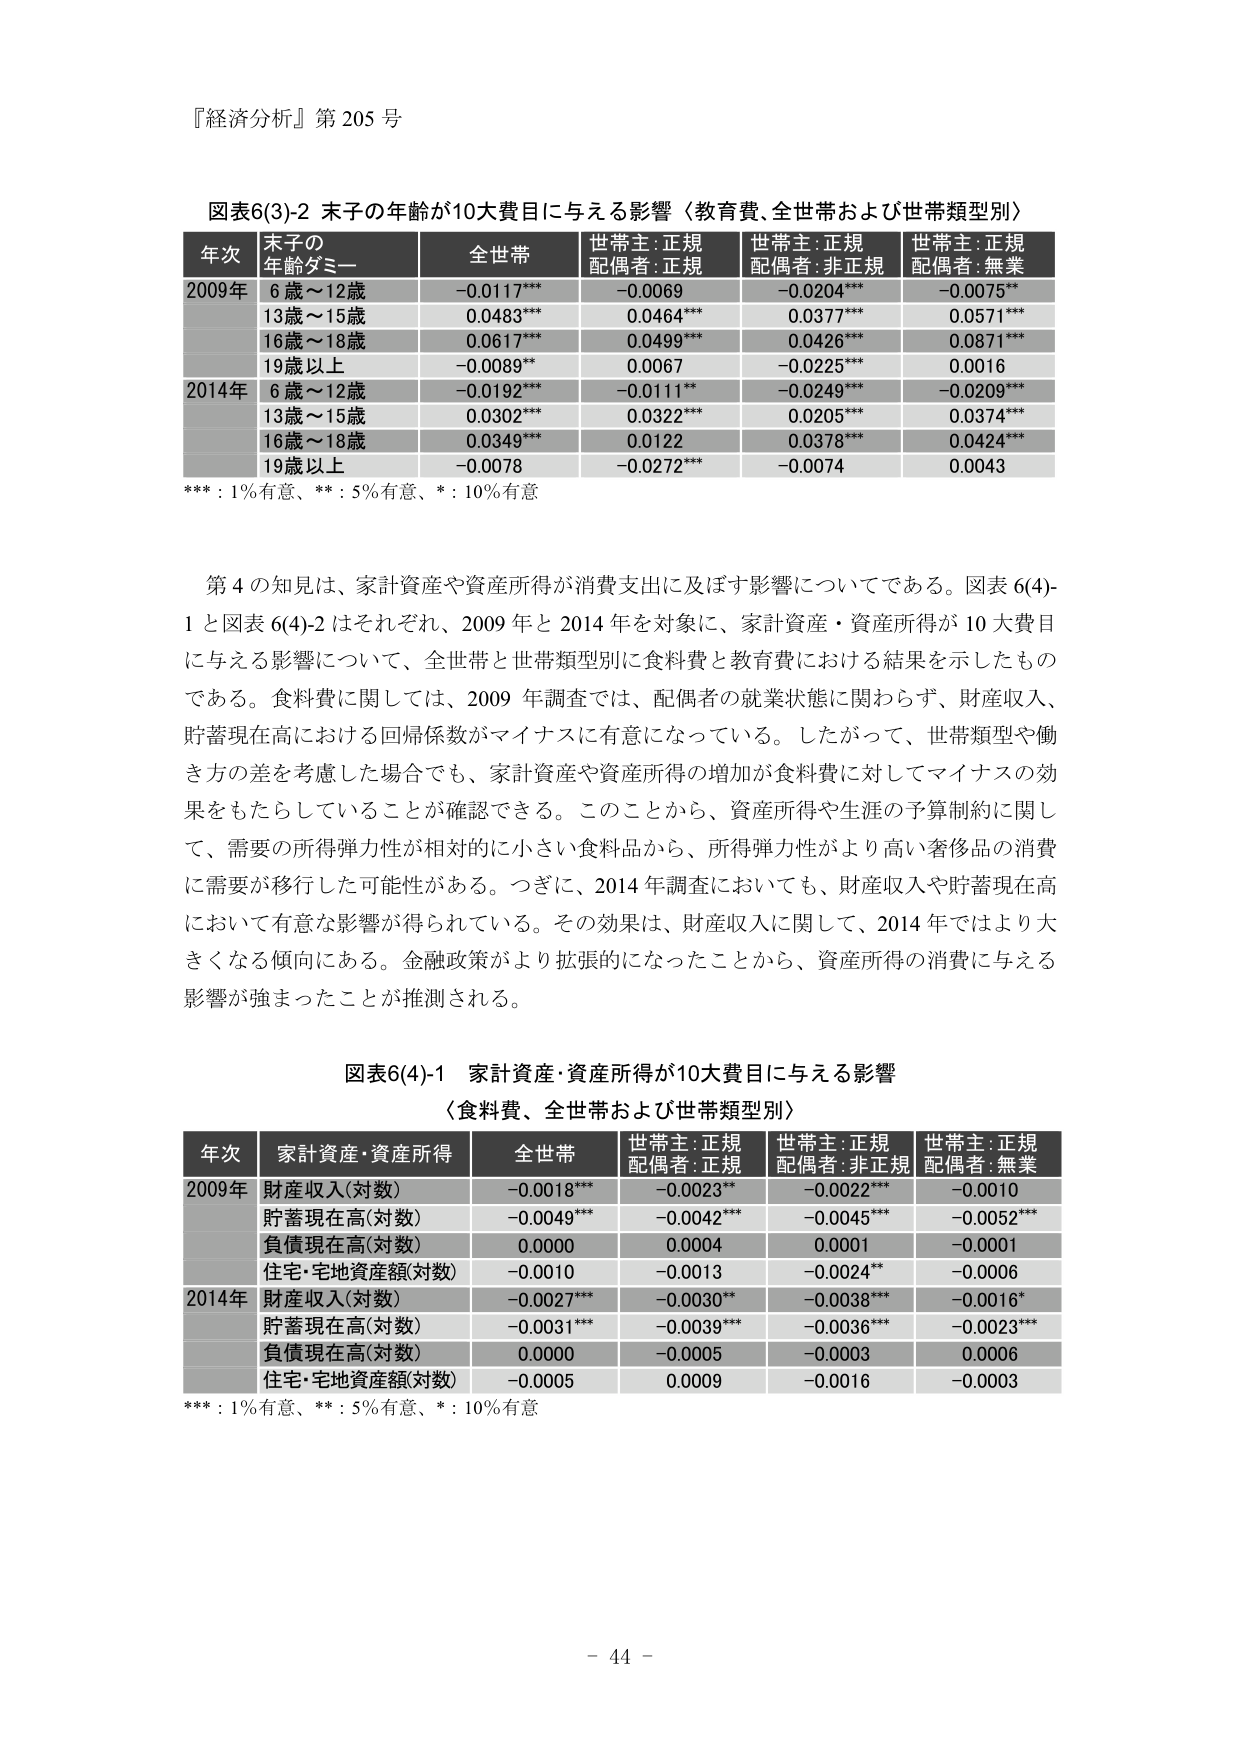
『経済分析』第205号

図表6(3)-2 末子の年齢が10大費目にある影響（教育費、全世帯および世帯類型別）

年次 末子の年齢タミー 全世帯 世帯主:正規配偶者:正規 世帯主:正規配偶者:非正規 世帯主:正規配偶者:無業
2009年 6歳～12歳 -0.0117*** -0.0069 -0.0204*** -0.0075**
13歳～15歳 0.0483*** 0.0464*** 0.0377*** 0.0571***
16歳～18歳 0.0617*** 0.0499*** 0.0426*** 0.0871***
19歳以上 -0.0089** 0.0067 -0.0225*** 0.0016
2014年 6歳～12歳 -0.0192*** -0.0111** -0.0249*** -0.0209***
13歳～15歳 0.0302*** 0.0322*** 0.0205*** 0.0374***
16歳～18歳 0.0349*** 0.0122 0.0378*** 0.0424***
19歳以上 -0.0078 -0.0272*** -0.0074 0.0043

***：1%有意、**：5%有意、*：10%有意

第4の知見は、家計資産や資産所得が消費支出に及ぼす影響についてである。図表6(4)-1と図表6(4)-2はそれぞれ、2009年と2014年を対象に、家計資産・資産所得が10大費目にある影響について、全世帯と世帯類型別に食料費と教育費における結果を示したものである。食料費に関しては、2009年調査では、配偶者の就業状態に関わらず、財産収入、貯蓄現在高における回帰係数がマイナスに有意になっている。したがって、世帯類型や働き方の差を考慮した場合でも、家計資産や資産所得の増加が食料費に対してマイナスの効果をもたらしていることが確認できる。このことから、資産所得や生涯の予算制約に関して、需要の所得弾力性が相対的に小さい食料品から、所得弾力性がより高い奢侈品の消費に需要が移行した可能性がある。つぎに、2014年調査においても、財産収入や貯蓄現在高において有意な影響が得られている。その効果は、財産収入に関して、2014年ではより大きくなる傾向にある。金融政策がより拡張的になったことから、資産所得の消費に与える影響が強まったことが推測される。

図表6(4)-1 家計資産・資産所得が10大費目にある影響
（食料費、全世帯および世帯類型別）

年次 家計資産・資産所得 全世帯 世帯主:正規配偶者:正規 世帯主:正規配偶者:非正規 世帯主:正規配偶者:無業
2009年 財産収入(対数) -0.0018*** -0.0023** -0.0022*** -0.0010
貯蓄現在高(対数) -0.0049*** -0.0042*** -0.0045*** -0.0052***
負債現在高(対数) 0.0000 0.0004 0.0001 -0.0001
住宅・宅地資産額(対数) -0.0010 -0.0013 -0.0024** -0.0006
2014年 財産収入(対数) -0.0027*** -0.0030** -0.0038*** -0.0016*
貯蓄現在高(対数) -0.0031*** -0.0039*** -0.0036*** -0.0023***
負債現在高(対数) 0.0000 -0.0005 -0.0003 0.0006
住宅・宅地資産額(対数) -0.0005 0.0009 -0.0016 -0.0003

***：1%有意、**：5%有意、*：10%有意

- 44 -